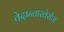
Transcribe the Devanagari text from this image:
वेदान्ताखेरीज